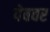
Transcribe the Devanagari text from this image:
पेबवर